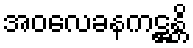
အဝလေခနကဋ္ဌန္တိ